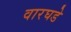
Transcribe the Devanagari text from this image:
वारघडे